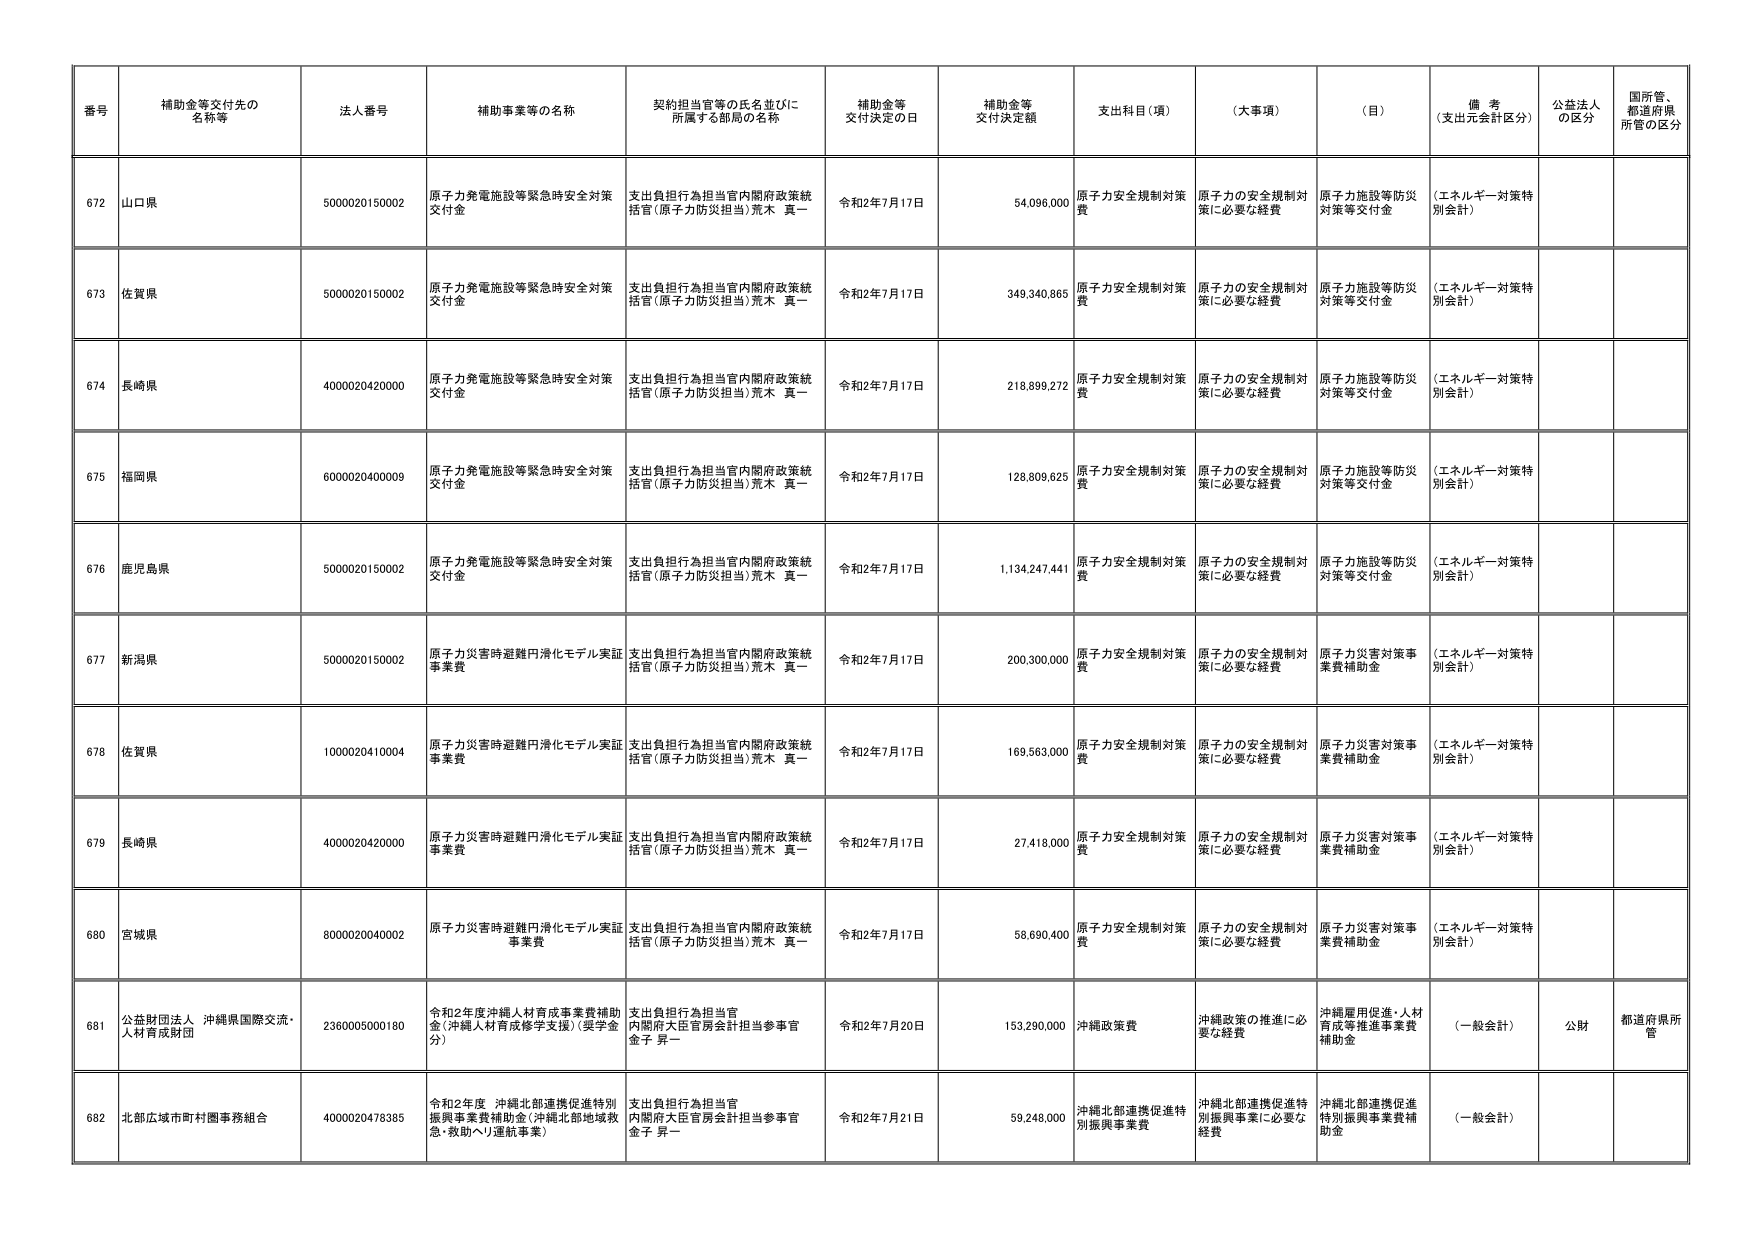
番号 補助金等交付先の名称等 法人番号 補助事業等の名称 契約担当官等の氏名並びに所属する部局の名称 補助金等交付決定の日 補助金等交付決定額 支出科目（項） （大事項） （目） 備考（支出元会計区分） 公益法人の区分 国所管、都道府県所管の区分

672 山口県 5000020150002 原子力発電施設等緊急時安全対策交付金 支出負担行為担当官内閣府政策統括官（原子力防災担当）荒木 真一 令和2年7月17日 54,096,000 原子力安全規制対策費 原子力の安全規制対策に必要な経費 原子力施設等防災対策等交付金 （エネルギー対策特別会計）

673 佐賀県 5000020150002 原子力発電施設等緊急時安全対策交付金 支出負担行為担当官内閣府政策統括官（原子力防災担当）荒木 真一 令和2年7月17日 349,340,865 原子力安全規制対策費 原子力の安全規制対策に必要な経費 原子力施設等防災対策等交付金 （エネルギー対策特別会計）

674 長崎県 4000020420000 原子力発電施設等緊急時安全対策交付金 支出負担行為担当官内閣府政策統括官（原子力防災担当）荒木 真一 令和2年7月17日 218,899,272 原子力安全規制対策費 原子力の安全規制対策に必要な経費 原子力施設等防災対策等交付金 （エネルギー対策特別会計）

675 福岡県 6000020400009 原子力発電施設等緊急時安全対策交付金 支出負担行為担当官内閣府政策統括官（原子力防災担当）荒木 真一 令和2年7月17日 128,809,625 原子力安全規制対策費 原子力の安全規制対策に必要な経費 原子力施設等防災対策等交付金 （エネルギー対策特別会計）

676 鹿児島県 5000020150002 原子力発電施設等緊急時安全対策交付金 支出負担行為担当官内閣府政策統括官（原子力防災担当）荒木 真一 令和2年7月17日 1,134,247,441 原子力安全規制対策費 原子力の安全規制対策に必要な経費 原子力施設等防災対策等交付金 （エネルギー対策特別会計）

677 新潟県 5000020150002 原子力災害時避難円滑化モデル実証事業費 支出負担行為担当官内閣府政策統括官（原子力防災担当）荒木 真一 令和2年7月17日 200,300,000 原子力安全規制対策費 原子力の安全規制対策に必要な経費 原子力災害対策事業費補助金 （エネルギー対策特別会計）

678 佐賀県 1000020410004 原子力災害時避難円滑化モデル実証事業費 支出負担行為担当官内閣府政策統括官（原子力防災担当）荒木 真一 令和2年7月17日 169,563,000 原子力安全規制対策費 原子力の安全規制対策に必要な経費 原子力災害対策事業費補助金 （エネルギー対策特別会計）

679 長崎県 4000020420000 原子力災害時避難円滑化モデル実証事業費 支出負担行為担当官内閣府政策統括官（原子力防災担当）荒木 真一 令和2年7月17日 27,418,000 原子力安全規制対策費 原子力の安全規制対策に必要な経費 原子力災害対策事業費補助金 （エネルギー対策特別会計）

680 宮城県 8000020040002 原子力災害時避難円滑化モデル実証事業費 支出負担行為担当官内閣府政策統括官（原子力防災担当）荒木 真一 令和2年7月17日 58,690,400 原子力安全規制対策費 原子力の安全規制対策に必要な経費 原子力災害対策事業費補助金 （エネルギー対策特別会計）

681 公益財団法人 沖縄県国際交流・人材育成財団 2360005000180 令和2年度沖縄人材育成事業費補助金（沖縄人材育成修学支援）（奨学金分） 支出負担行為担当官内閣府大臣官房会計担当参事官金子 昇一 令和2年7月20日 153,290,000 沖縄政策費 沖縄政策の推進に必要な経費 沖縄雇用促進・人材育成等推進事業費補助金 （一般会計） 公財 都道府県所管

682 北部広域市町村圏事務組合 4000020478385 令和2年度 沖縄北部連携促進特別振興事業費補助金（沖縄北部地域救急・救助へリ運航事業） 支出負担行為担当官内閣府大臣官房会計担当参事官金子 昇一 令和2年7月21日 59,248,000 沖縄北部連携促進特別振興事業費 沖縄北部連携促進特別振興事業に必要な経費 沖縄北部連携促進特別振興事業費補助金 （一般会計）